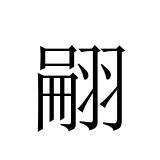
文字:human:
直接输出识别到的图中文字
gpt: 翤